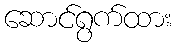
ဆောင်ရွက်ထား